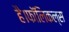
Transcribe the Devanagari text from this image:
है।फॉलिकल्स